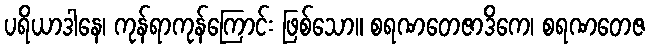
ပရိယာဒါနေ၊ ကုန်ရာကုန်ကြောင်း ဖြစ်သော။ စရဏတေဇာဒိကေ၊ စရဏတေဇ